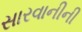
સારવાનીની